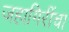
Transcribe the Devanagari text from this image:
जहागिरींचा